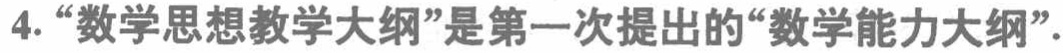
4.“数学思想教学大纲”是第一次提出的“数学能力大纲”.